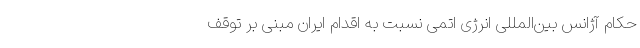
حکام آژانس بین‌المللی انرژی اتمی نسبت به اقدام ایران مبنی بر توقف